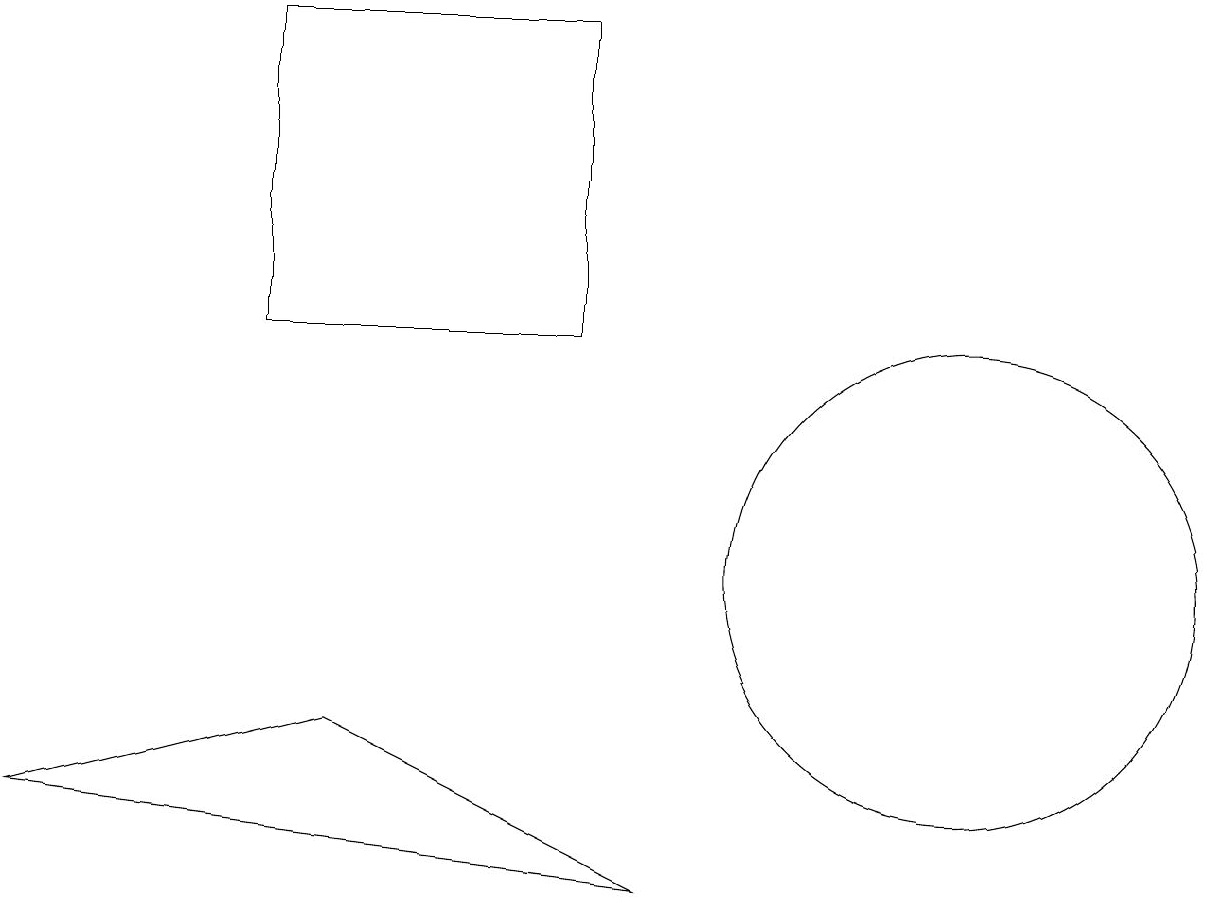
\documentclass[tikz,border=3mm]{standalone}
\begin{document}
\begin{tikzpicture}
\draw (7,17) rectangle (3,13);
\draw (4,8) -- (8,6) -- (0,7) -- cycle;
\draw (12,10) circle (3);
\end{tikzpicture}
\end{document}